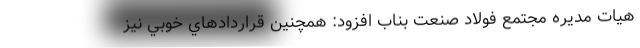
هیات مدیره مجتمع فولاد صنعت بناب افزود: همچنین قراردادهاي خوبي نيز